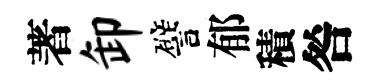
著卸譬郁積咎